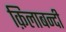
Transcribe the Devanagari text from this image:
क़िलाबन्दी